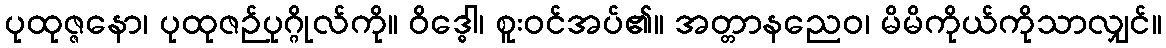
ပုထုဇ္ဇနော၊ ပုထုဇဉ်ပုဂ္ဂိုလ်ကို။ ဝိဒ္ဓေါ၊ စူးဝင်အပ်၏။ အတ္တာနညေဝ၊ မိမိကိုယ်ကိုသာလျှင်။